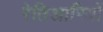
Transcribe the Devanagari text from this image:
रेतिआरियों